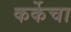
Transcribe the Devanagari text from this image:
कर्केचा